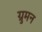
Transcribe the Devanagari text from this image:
ग्रुमन